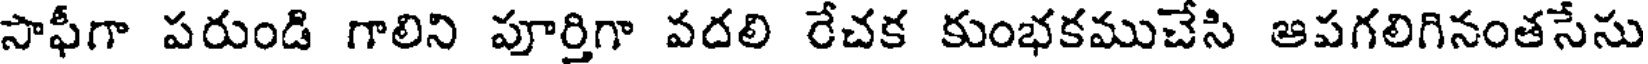
సాఫీగా పరుండి గాలిని పూర్తిగా వదలి రేచక కుంభకముచేసి ఆపగలిగినంతసేసు